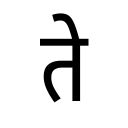
OCR:
ते